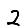
Digit: 2